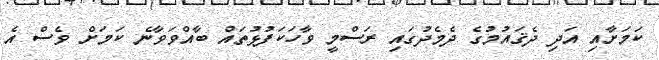
ކަމަށާއި އަދި ދެޤައުމުގެ ދެމެދުގައި ރަސްމީ ވާހަކަފުޅުތައް ބާއްވަވާނެ ކަމަށް ވެސް އެ